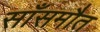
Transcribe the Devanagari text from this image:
साँसमौत